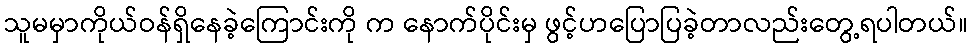
သူမမှာကိုယ်ဝန်ရှိနေခဲ့ကြောင်းကို က နောက်ပိုင်းမှ ဖွင့်ဟပြောပြခဲ့တာလည်းတွေ့ရပါတယ်။